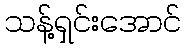
သန့်ရှင်းအောင်